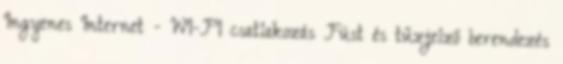
Ingyenes Internet - WI-FI csatlakozás Füst és tűzjelző berendezés